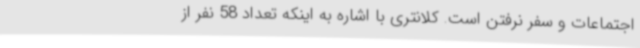
اجتماعات و سفر نرفتن است. کلانتری با اشاره به اینکه تعداد 58 نفر از